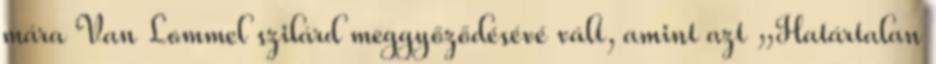
mára Van Lommel szilárd meggyőződésévé vált, amint azt „Határtalan